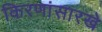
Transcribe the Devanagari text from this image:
किरणांसारखे